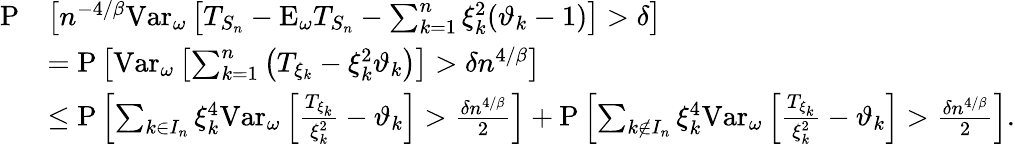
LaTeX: \begin{array}{rl}{\mathrm{P}}&{\left[n^{-4/\beta}\mathrm{Var}_{\omega}\left[T_{S_{n}}-\mathrm{E}_{\omega}T_{S_{n}}-\sum_{k=1}^{n}\xi_{k}^{2}(\vartheta_{k}-1)\right]>\delta\right]}\\ &{=\mathrm{P}\left[\mathrm{Var}_{\omega}\left[\sum_{k=1}^{n}\left(T_{\xi_{k}}-\xi_{k}^{2}\vartheta_{k}\right)\right]>\delta n^{4/\beta}\right]}\\ &{\leq\mathrm{P}\left[\sum_{k\in I_{n}}\xi_{k}^{4}\mathrm{Var}_{\omega}\left[\frac{T_{\xi_{k}}}{\xi_{k}^{2}}-\vartheta_{k}\right]>\frac{\delta n^{4/\beta}}{2}\right]+\mathrm{P}\left[\sum_{k\notin I_{n}}\xi_{k}^{4}\mathrm{Var}_{\omega}\left[\frac{T_{\xi_{k}}}{\xi_{k}^{2}}-\vartheta_{k}\right]>\frac{\delta n^{4/\beta}}{2}\right].}\end{array}